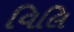
વિલિ